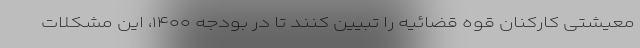
معیشتی کارکنان قوه قضائیه را تبیین کنند تا در بودجه ۱۴۰۰، این مشکلات